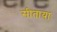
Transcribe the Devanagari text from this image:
सीतायाः